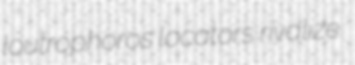
loutrophoros locators rivalize